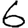
Digit: 6